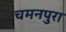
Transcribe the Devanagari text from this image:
चमनपुरा